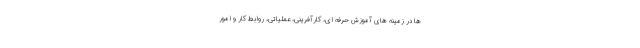
ها در زمینه های آموزش حرفه ای، کارآفرینی، عملیاتی، روابط کار و امور